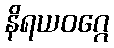
နိရယဝဂ္ဂေ